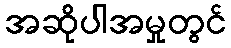
အဆိုပါအမှုတွင်